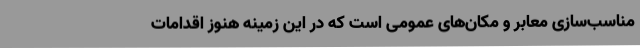
مناسب‌سازی معابر و مکان‌های عمومی است که در این زمینه هنوز اقدامات